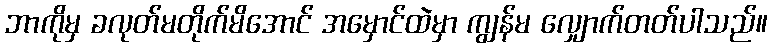
ဘာကိုမှ ခလုတ်မတိုက်မိအောင် အမှောင်ထဲမှာ ကျွန်မ လျှောက်တတ်ပါသည်။